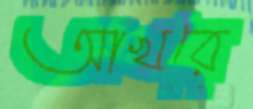
আখরে